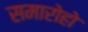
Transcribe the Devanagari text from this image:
समारोहो